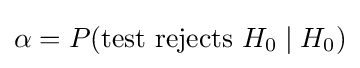
\alpha =P({\text{test rejects }}H_{0}\mid H_{0})